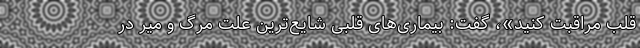
قلب مراقبت کنید»، گفت: بیماری‌های قلبی شایع‌ترین علت مرگ و میر در